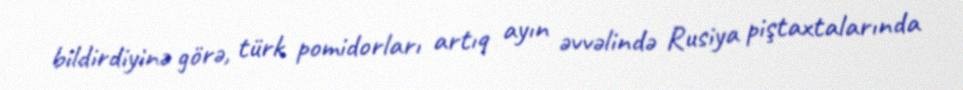
bildirdiyinə görə, türk pomidorları artıq ayın əvvəlində Rusiya piştaxtalarında